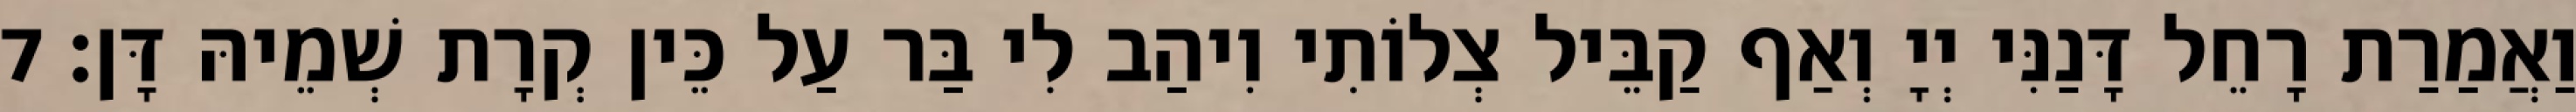
וַאֲמַרַת רָחֵל דָּנַנִּי יְיָ וְאַף קַבֵּיל צְלוֹתִי וִיהַב לִי בַּר עַל כֵּין קְרָת שְׁמֵיהּ דָּן׃ 7